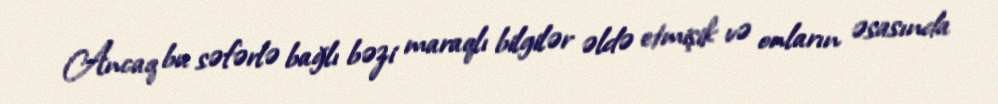
Ancaq bu səfərlə bağlı bəzi maraqlı bilgilər əldə etmişik və onların əsasında